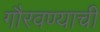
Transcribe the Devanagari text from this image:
गौरवण्याची